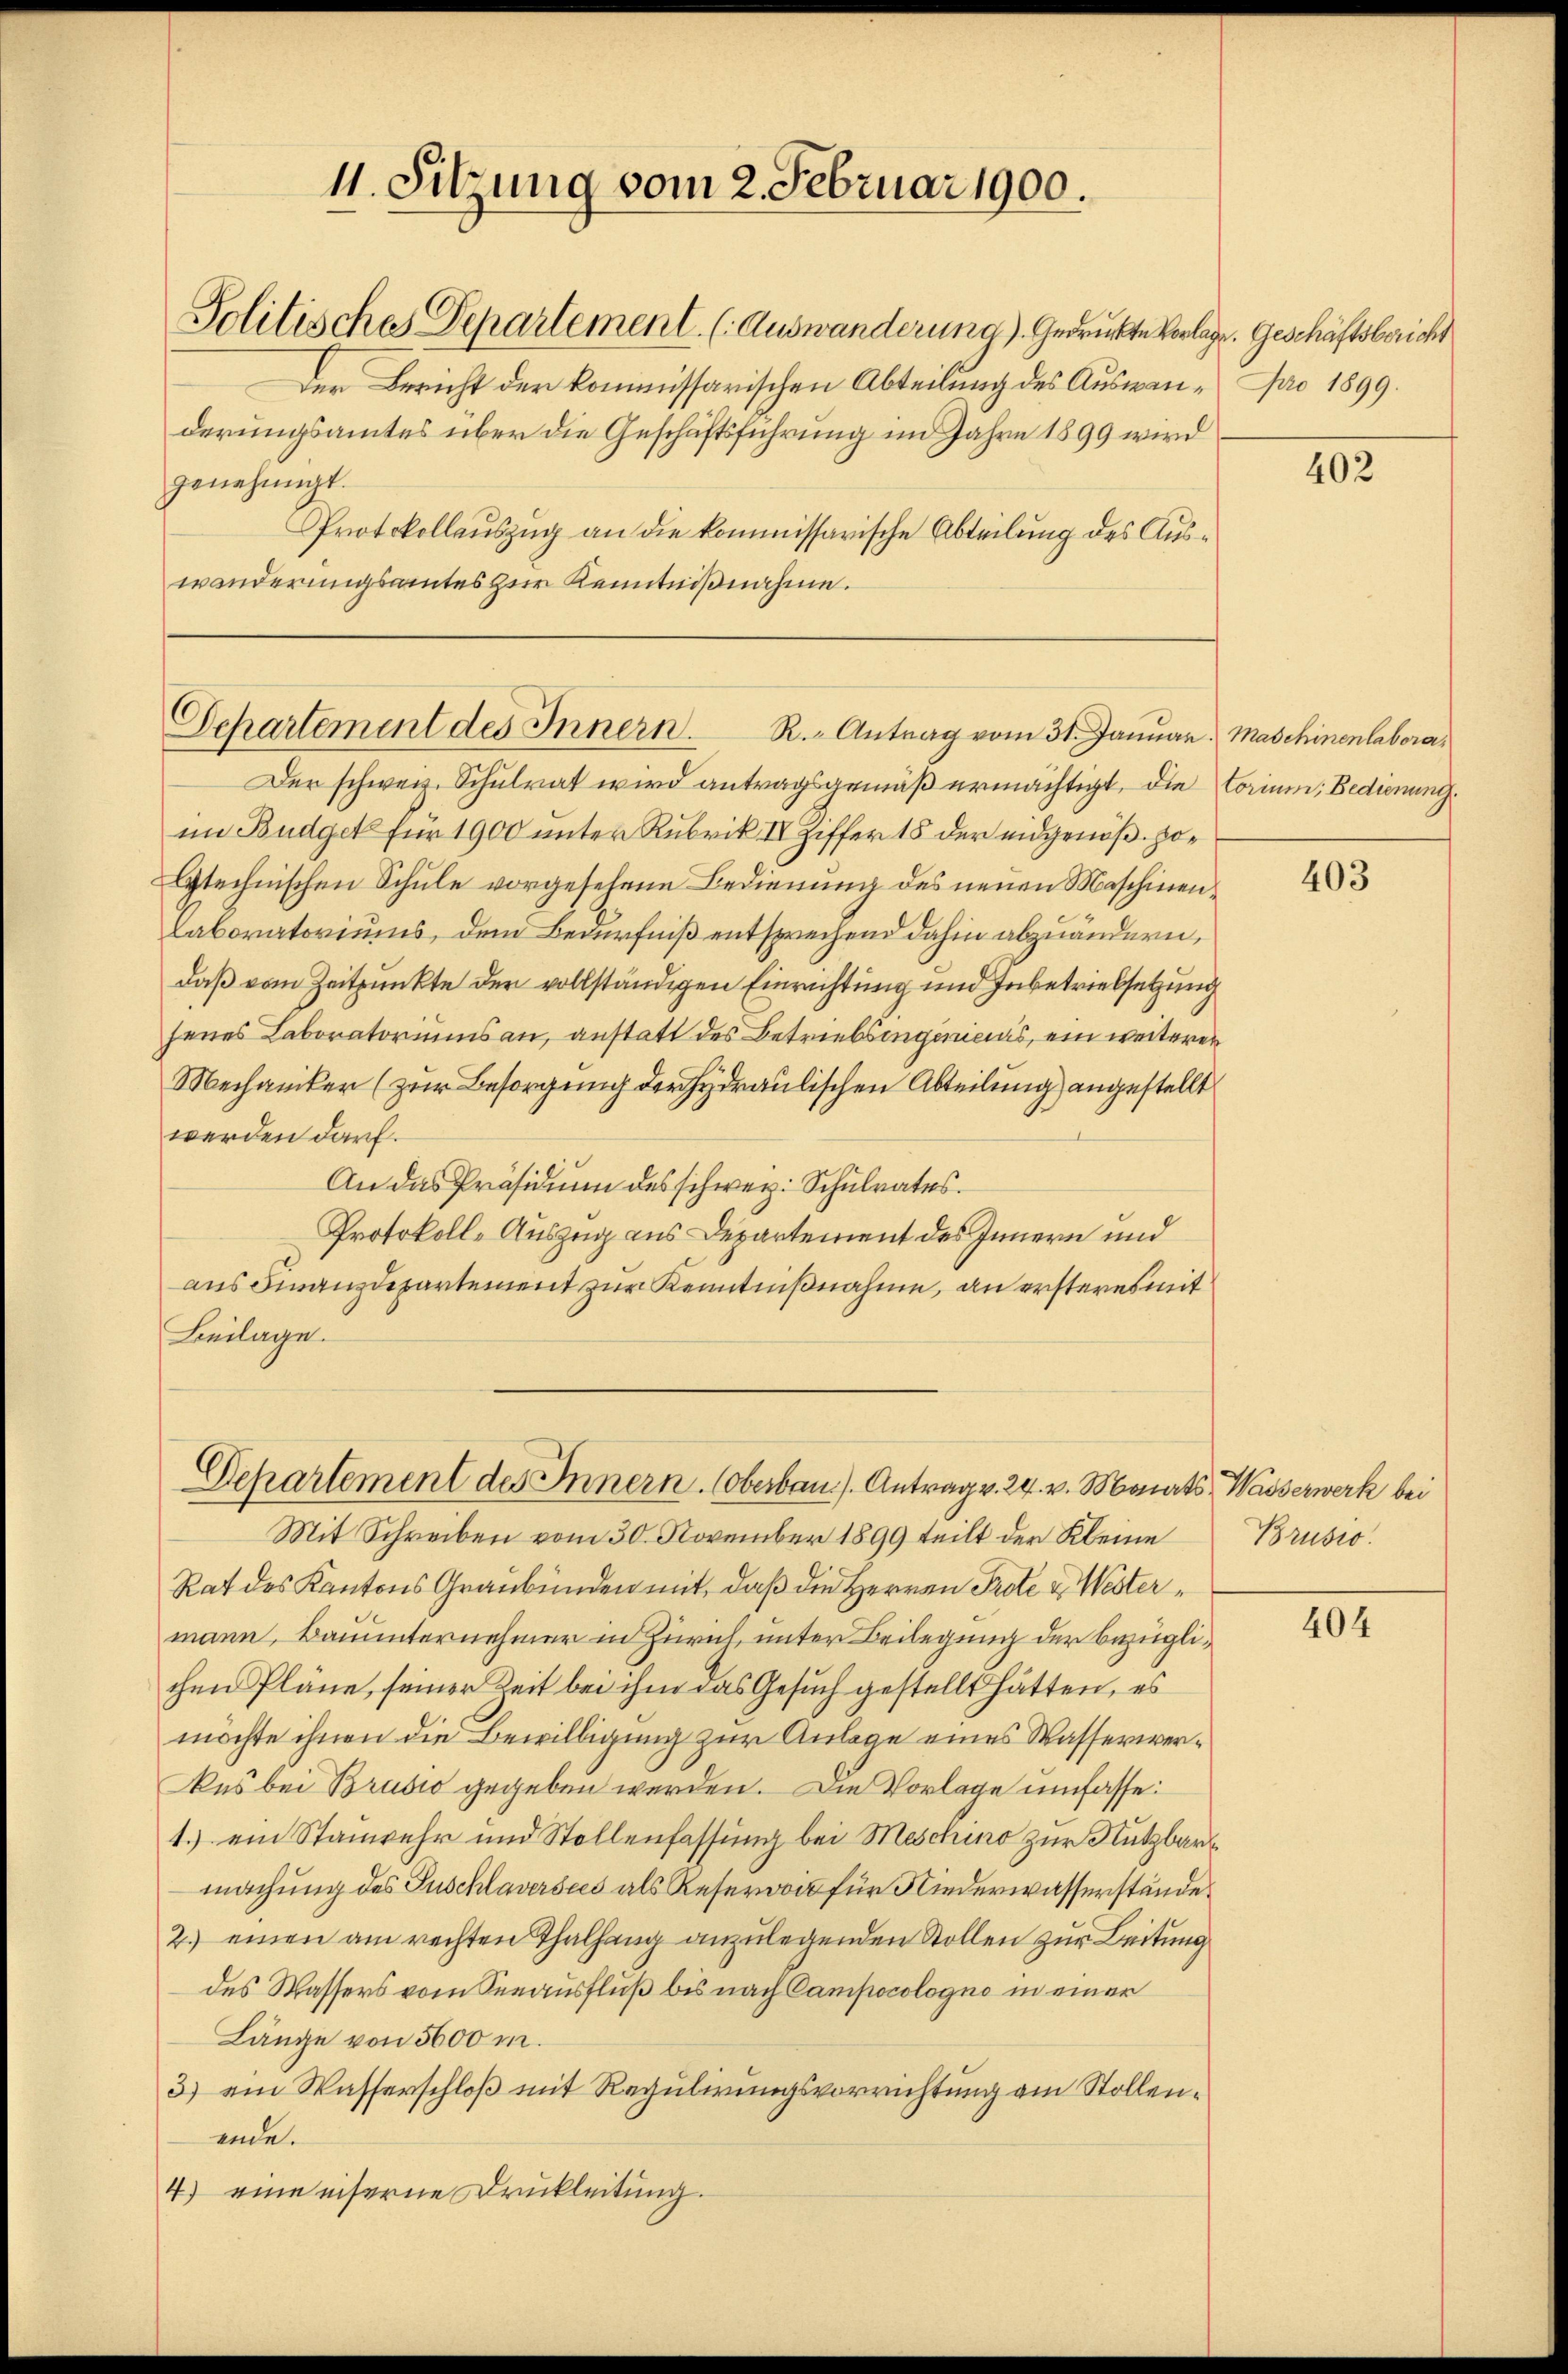
11. Sitzung vom 2. Februar 1900.
Solitisches Departement. (Auswanderung). Gedruckte Vorlage. Geschäftsbericht

Der Bericht der kommissarischen Abteilung des Auswan¬ pro 1899.
derungsamtes über die Geschäftsführung im Jahre 1899 wird
genehmigt.
Protokollauszug an die kommissarische Abteilung des Auswanderungsamtes zur Kenntnißnahme.

Der schweiz. Schulrat wird antragsgemäß ermächtigt, die torium, Bedienung.
im Budget für 1900 unter Rubrik IV Ziffer 18 der eidgenöß polytechnischen Schule vorgesehene Bedienung des neuen Maschinen¬
Laboratoriums, dem Bedürfniß entsprechend dahin abzuändern,
daß vom Zeitpunkte der vollständigen Einrichtung und Inbetriebsetzung
senes Laboratoriums an, anstatt des Betriebsingenicus, ein weiterer
Mechaniker (zur Besorgung der Hydraulischen Abteilung angestellt
werden darf.
An das Präsidium des schweiz. Schulrates.
Protokoll-Auszug aus Departement des Innern und
aus Finanzdepartement zur Kenntnißnahme, an ersteres mit
Beilage.

Departement des Innern. R. Antrag vom 31. Janŭar Maschinenlabora¬

Departement des Innern. (oberbau). Antrag v. 24. v. Monats Wasserwerk bei

Mit Schreiben vom 30. November 1899 teilt der Kleine
Rat des Kantons Graubünden mit, daß die Herren Prote u. Westermann, Bauunternehmer in Zürich, unter Beilegung der bezüglichen Pläne, seiner Zeit bei ihm das Gesuch gestellt hätten, es
möchte ihnen die Bewilligung zur Anlage eines Wasserweras bei Brusio gegeben werden. Die Vorlage umfasse:
1.) ein Stanwehr und Stellenfassung bei Meschino zur Nutzbar
machung des Puschlaversees als Reservoit für Niederwasserstände
2.) einen am rechten Thalhang anzulegenden Stollen zur Leitung
des Wassers vom Seeausfluß bis nach Campocologno in einer
Länge von 5600 m.
3) ein Wasserschloß mit Regulirungsvorrichtung am Stollenende.
4) eine inserne Druckleitung.

402

403

Brusio

404